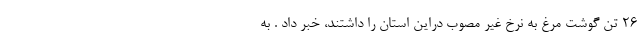
۲۶ تن گوشت مرغ به نرخ غیر مصوب دراین استان را داشتند، خبر داد . به